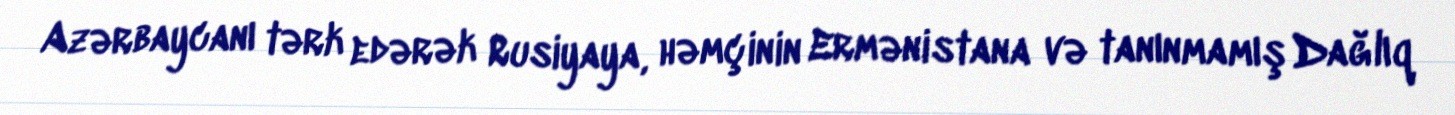
Azərbaycanı tərk edərək Rusiyaya, həmçinin Ermənistana və tanınmamış Dağlıq